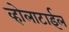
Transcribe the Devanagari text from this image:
व्होलाटाईल